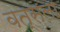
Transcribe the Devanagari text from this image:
वत्‍सला